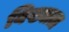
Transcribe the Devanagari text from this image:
विख्याता